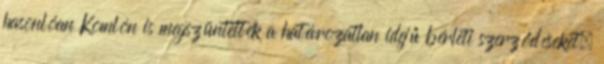
hasonlóan Komlón is megszüntették a határozatlan idejű bérleti szerződéseket,